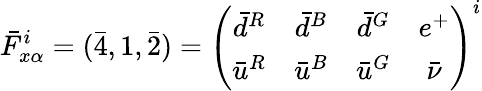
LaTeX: {\bar{F}}_{x\alpha}^{i}=(\bar{4},1,\bar{2})=\left(\begin{array}{cccc}{{\bar{d}^{R}}}&{{\bar{d}^{B}}}&{{\bar{d}^{G}}}&{{e^{+}}}\\ {{\bar{u}^{R}}}&{{\bar{u}^{B}}}&{{\bar{u}^{G}}}&{{\bar{\nu}}}\end{array}\right)^{i}